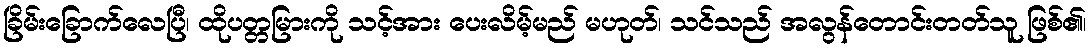
ခြိမ်းခြောက်လေပြီ၊ ထိုပတ္တမြားကို သင့်အား ပေးလိမ့်မည် မဟုတ်၊ သင်သည် အလွန်တောင်းတတ်သူ ဖြစ်၏၊